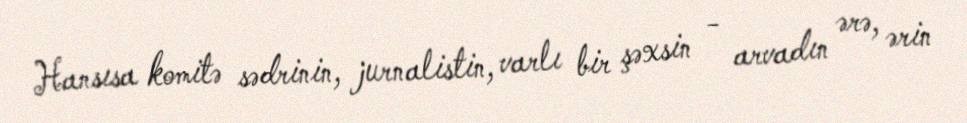
Hansısa komitə sədrinin, jurnalistin, varlı bir şəxsin - arvadın ərə, ərin